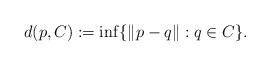
LaTeX: \begin{align*}d(p,C) := \inf \{ \| p - q \| : q \in C \} .\end{align*}